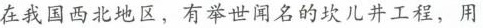
在我国西北地区，有举世闻名的坎儿井工程，用